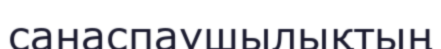
санаспаушылықтың